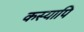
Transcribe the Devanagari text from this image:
कस्यापि